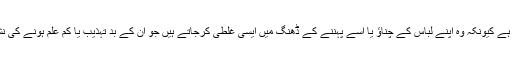
ایسا اس لیے ہوتا ہے کیونکہ وہ اپنے لباس کے چناؤ یا اسے پہننے کے ڈھنگ میں ایسی غلطی کرجاتے ہیں جو ان کے بد تہذیب یا کم علم ہونے کی نشاندہی کرتی ہیں۔